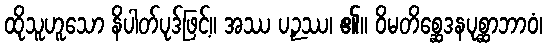
ထိုသူဟူသော နိပါတ်ပုဒ်ဖြင့်။ အဿ ပဉှဿ၊ ၏။ ဝိမတိစ္ဆေဒနပုစ္ဆာဘာဝံ၊